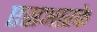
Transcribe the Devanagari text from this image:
एसआरके